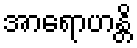
အာရောဟန္တိ